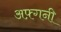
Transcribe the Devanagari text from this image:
अफ़्गनी